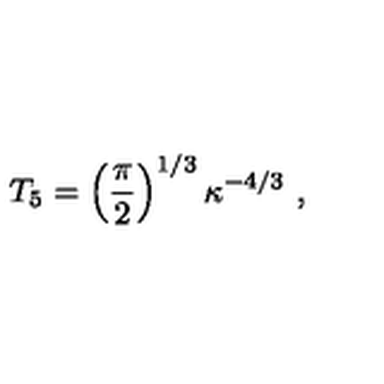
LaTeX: T _ { 5 } = \left( { \frac { \pi } { 2 } } \right) ^ { 1 / 3 } \kappa ^ { - 4 / 3 } \ ,